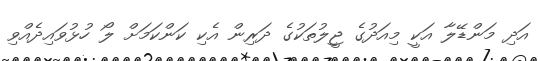
އަދި މަންޑޭލާ އަކީ މިއަދުގެ ޖީލުތަކުގެ ދަރިން އެކި ކަންކަމަށް ލޯ ހުޅުވައިދެއްވި